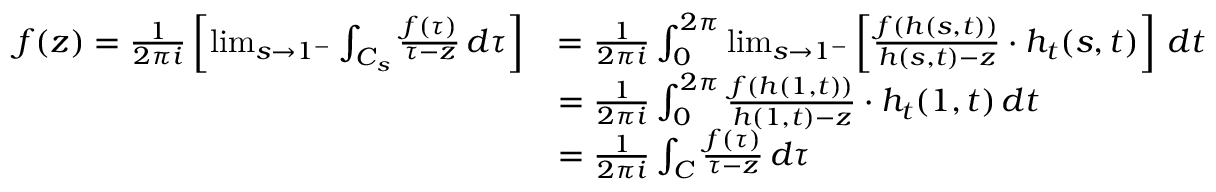
\begin{array} { r l } { f ( z ) = \frac { 1 } { 2 \pi i } \left[ \operatorname* { l i m } _ { s \to 1 ^ { - } } \int _ { C _ { s } } \frac { f ( \tau ) } { \tau - z } \, d \tau \right] } & { = \frac { 1 } { 2 \pi i } \int _ { 0 } ^ { 2 \pi } \operatorname* { l i m } _ { s \to 1 ^ { - } } \left[ \frac { f ( h ( s , t ) ) } { h ( s , t ) - z } \cdot h _ { t } ( s , t ) \right] \, d t } \\ & { = \frac { 1 } { 2 \pi i } \int _ { 0 } ^ { 2 \pi } \frac { f ( h ( 1 , t ) ) } { h ( 1 , t ) - z } \cdot h _ { t } ( 1 , t ) \, d t } \\ & { = \frac { 1 } { 2 \pi i } \int _ { C } \frac { f ( \tau ) } { \tau - z } \, d \tau } \end{array}